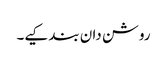
روشن دان بند کیے۔